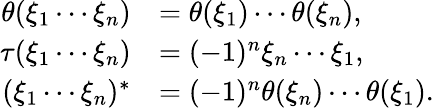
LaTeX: \begin{array}{rl}{\theta(\xi_{1}\cdots\xi_{n})}&{=\theta(\xi_{1})\cdots\theta(\xi_{n}),}\\ {\tau(\xi_{1}\cdots\xi_{n})}&{=(-1)^{n}\xi_{n}\cdots\xi_{1},}\\ {(\xi_{1}\cdots\xi_{n})^{\ast}}&{=(-1)^{n}\theta(\xi_{n})\cdots\theta(\xi_{1}).}\end{array}